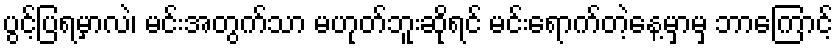
ပွင့်ပြရမှာလဲ၊ မင်းအတွက်သာ မဟုတ်ဘူးဆိုရင် မင်းရောက်တဲ့နေ့မှာမှ ဘာကြောင့်